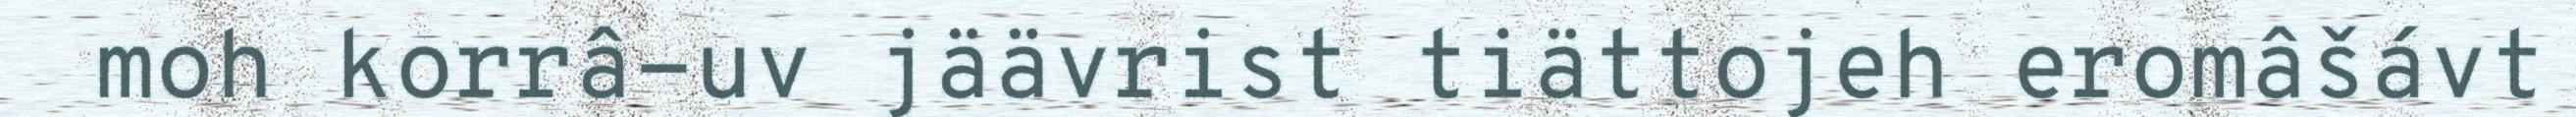
moh korrâ-uv jäävrist tiättojeh eromâšávt